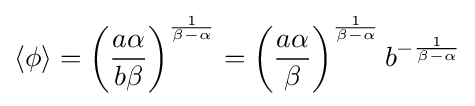
\langle \phi \rangle =\left({\frac {a\alpha }{b\beta }}\right)^{\frac {1}{\beta -\alpha }}=\left({\frac {a\alpha }{\beta }}\right)^{\frac {1}{\beta -\alpha }}b^{-{\frac {1}{\beta -\alpha }}}